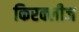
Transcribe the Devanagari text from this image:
किरक्लीज